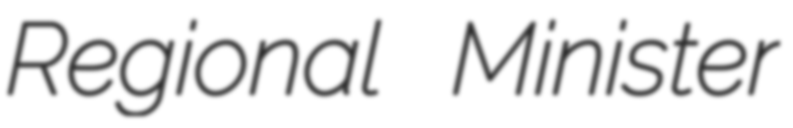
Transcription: Regional Minister